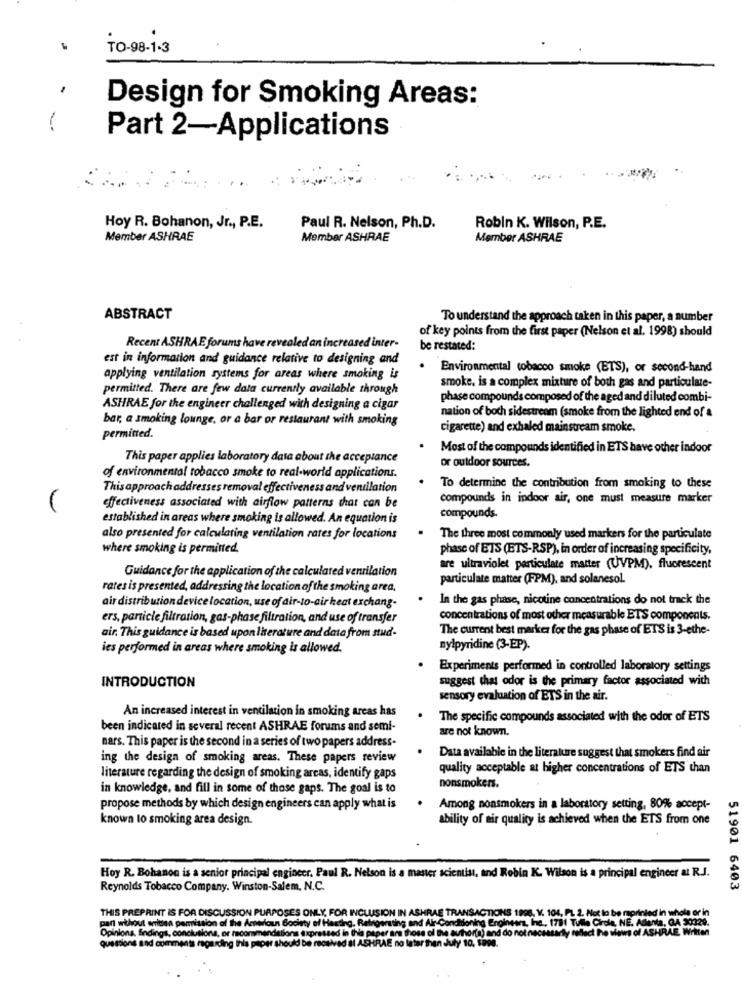
TO-98-1-3
Design for Smoking Areas:
Part 2-Applications
Hoy R. Bohanon, Jr ., P.E.
Paul R. Nelson, Ph.D.
Robin K. Wilson, P.E.
Member ASHRAE
Member ASHRAE
Member ASHRAE
ABSTRACT
To understand the approach taken in this paper, a number
of key points from the first paper (Nelson et al. 1998) should
Recent ASHRAE forums have revealed an increased inter-
be restated:
est in information and guidance relative to designing and
Environmental tobacco smoke (ETS), or second-hand
applying ventilation systems for areas where smoking is
permitted. There are few data currently available through
smoke, is a complex mixture of both gas and particulate-
phase compounds composed of the aged and diluted combi-
ASHRAE for the engineer challenged with designing a cigar
nation of both sidestream (smoke from the lighted end of a
bar, a smoking lounge, or a bar or restaurant with smoking
cigarette) and exhaled mainstream smoke.
permitted.
Most of the compounds identified in ETS have other indoor
This paper applies laboratory dasa about the acceptance
or outdoor sources.
of environmental tobacco smoke to real-world applications.
Thisapproach addresses removal effectiveness and ventilation
To determine the contribution from smoking to these
compounds in indoor air, one must measure marker
effectiveness associated with airflow patterns that can be
established in areas where smoking is allowed. An equation is
compounds.
also presented for calculating ventilation rates for locations
The three most commonly used markers for the particulate
where smoking is permined.
phase of ETS (ETS-RSP), in order of increasing specificity,
Guidance for the application of the calculated ventilation
are ultraviolet particulate matter (UVPM), fluorescent
particulate matter (FPM), and solanesol.
rates is presented, addressing the location of the smoking area.
In the gas phase, nicotine concentrations do not track the
air distribution device location, use of air-to-air heat exchang-
ers, particle filtration, gas-phase filtration, and use of transfer
concentrations of most other measurable ETS components.
The current best marker for the gas phase of ETS is 3-ethe-
air. This guidance is based upon literature and data from stud-
ies performed in areas where smoking is allowed.
nylpyridine (3-EP).
Experiments performed in controlled laboratory settings
suggest that odor is the primary factor associated with
INTRODUCTION
sensory evaluation of ETS in the air.
An increased interest in ventilation in smoking areas has
The specific compounds associated with the odor of ETS
been indicated in several recent ASHRAE forums and semi-
are not known.
nars. This paper is the second in a series of two papers address-
Data available in the literature suggest that smokers find air
ing the design of smoking areas. These papers review
quality acceptable at higher concentrations of ETS than
literature regarding the design of smoking areas, identify gaps
in knowledge, and fill in some of those gaps. The goal is to
nonsmokers.
propose methods by which design engineers can apply what is
Among nonsmokers in a laboratory setting, 80% accept-
known to smoking area design.
ability of air quality is achieved when the ETS from one
Hoy R. Bohanon is a senior principal engineer. Paul R. Nelson is a master scientist, and Robin K. Wilson is a principal engineer & R.J.
Reynolds Tobacco Company. Winston-Salem, N.C.
51901 6403
THIS PREPRINT IS FOR DISCUSSION PURPOSES ONLY, FOR INCLUSION IN ASHRAE TRANSACTIONS 1998, V. 104. PL 2. Not le be reprinted in whole or in
pan without eritrea pamission of the Amtwiaun Society of Harting. Reingenting and Air-Conditioning Engineers, Inc ., 1731 Tulle Circle, NE. Adianta, GA 30329.
ra those of the author(a) and do not necessarily reflect the shaws of ASHRAE Written
Opinions, findings, conclusions, or recommendet
questions and comments regarding this paper sh
I ASHRAE no later than duty 10, 9990.